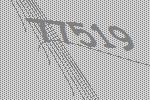
77519